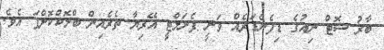
ބާރު ޝޮޓް ނިއުގެ ޑިފެންޑަރެއް ވަނީ ޕެނަލްޓީ އޭރިޔާ ތެރެއިން ބްލޮކްކޮށްފަ އެވެ.